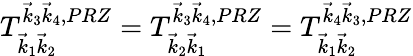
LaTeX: T_{\vec{k}_{1}\vec{k}_{2}}^{\vec{k}_{3}\vec{k}_{4},{PRZ}}=T_{\vec{k}_{2}\vec{k}_{1}}^{\vec{k}_{3}\vec{k}_{4},{PRZ}}=T_{\vec{k}_{1}\vec{k}_{2}}^{\vec{k}_{4}\vec{k}_{3},{PRZ}}